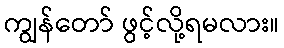
ကျွန်တော် ဖွင့်လို့ရမလား။